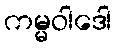
ကမ္မဝါဒေါ